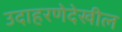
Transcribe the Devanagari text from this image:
उदाहरणेदेखील